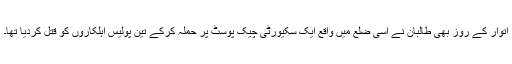
اتوار کے روز بھی طالبان نے اسی ضلع میں واقع ایک سکیورٹی چیک پوسٹ پر حملہ کرکے تین پولیس اہلکاروں کو قتل کردیا تھا۔